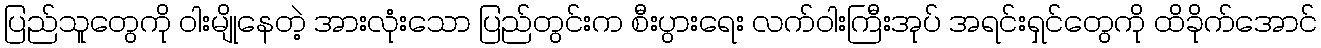
ပြည်သူတွေကို ဝါးမျိုနေတဲ့ အားလုံးသော ပြည်တွင်းက စီးပွားရေး လက်ဝါးကြီးအုပ် အရင်းရှင်တွေကို ထိခိုက်အောင်